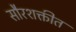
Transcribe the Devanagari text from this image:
सौरशक्तीत